38_143685_box7_Incident_Summaries_1-100
Agency: Department of War
Page 107
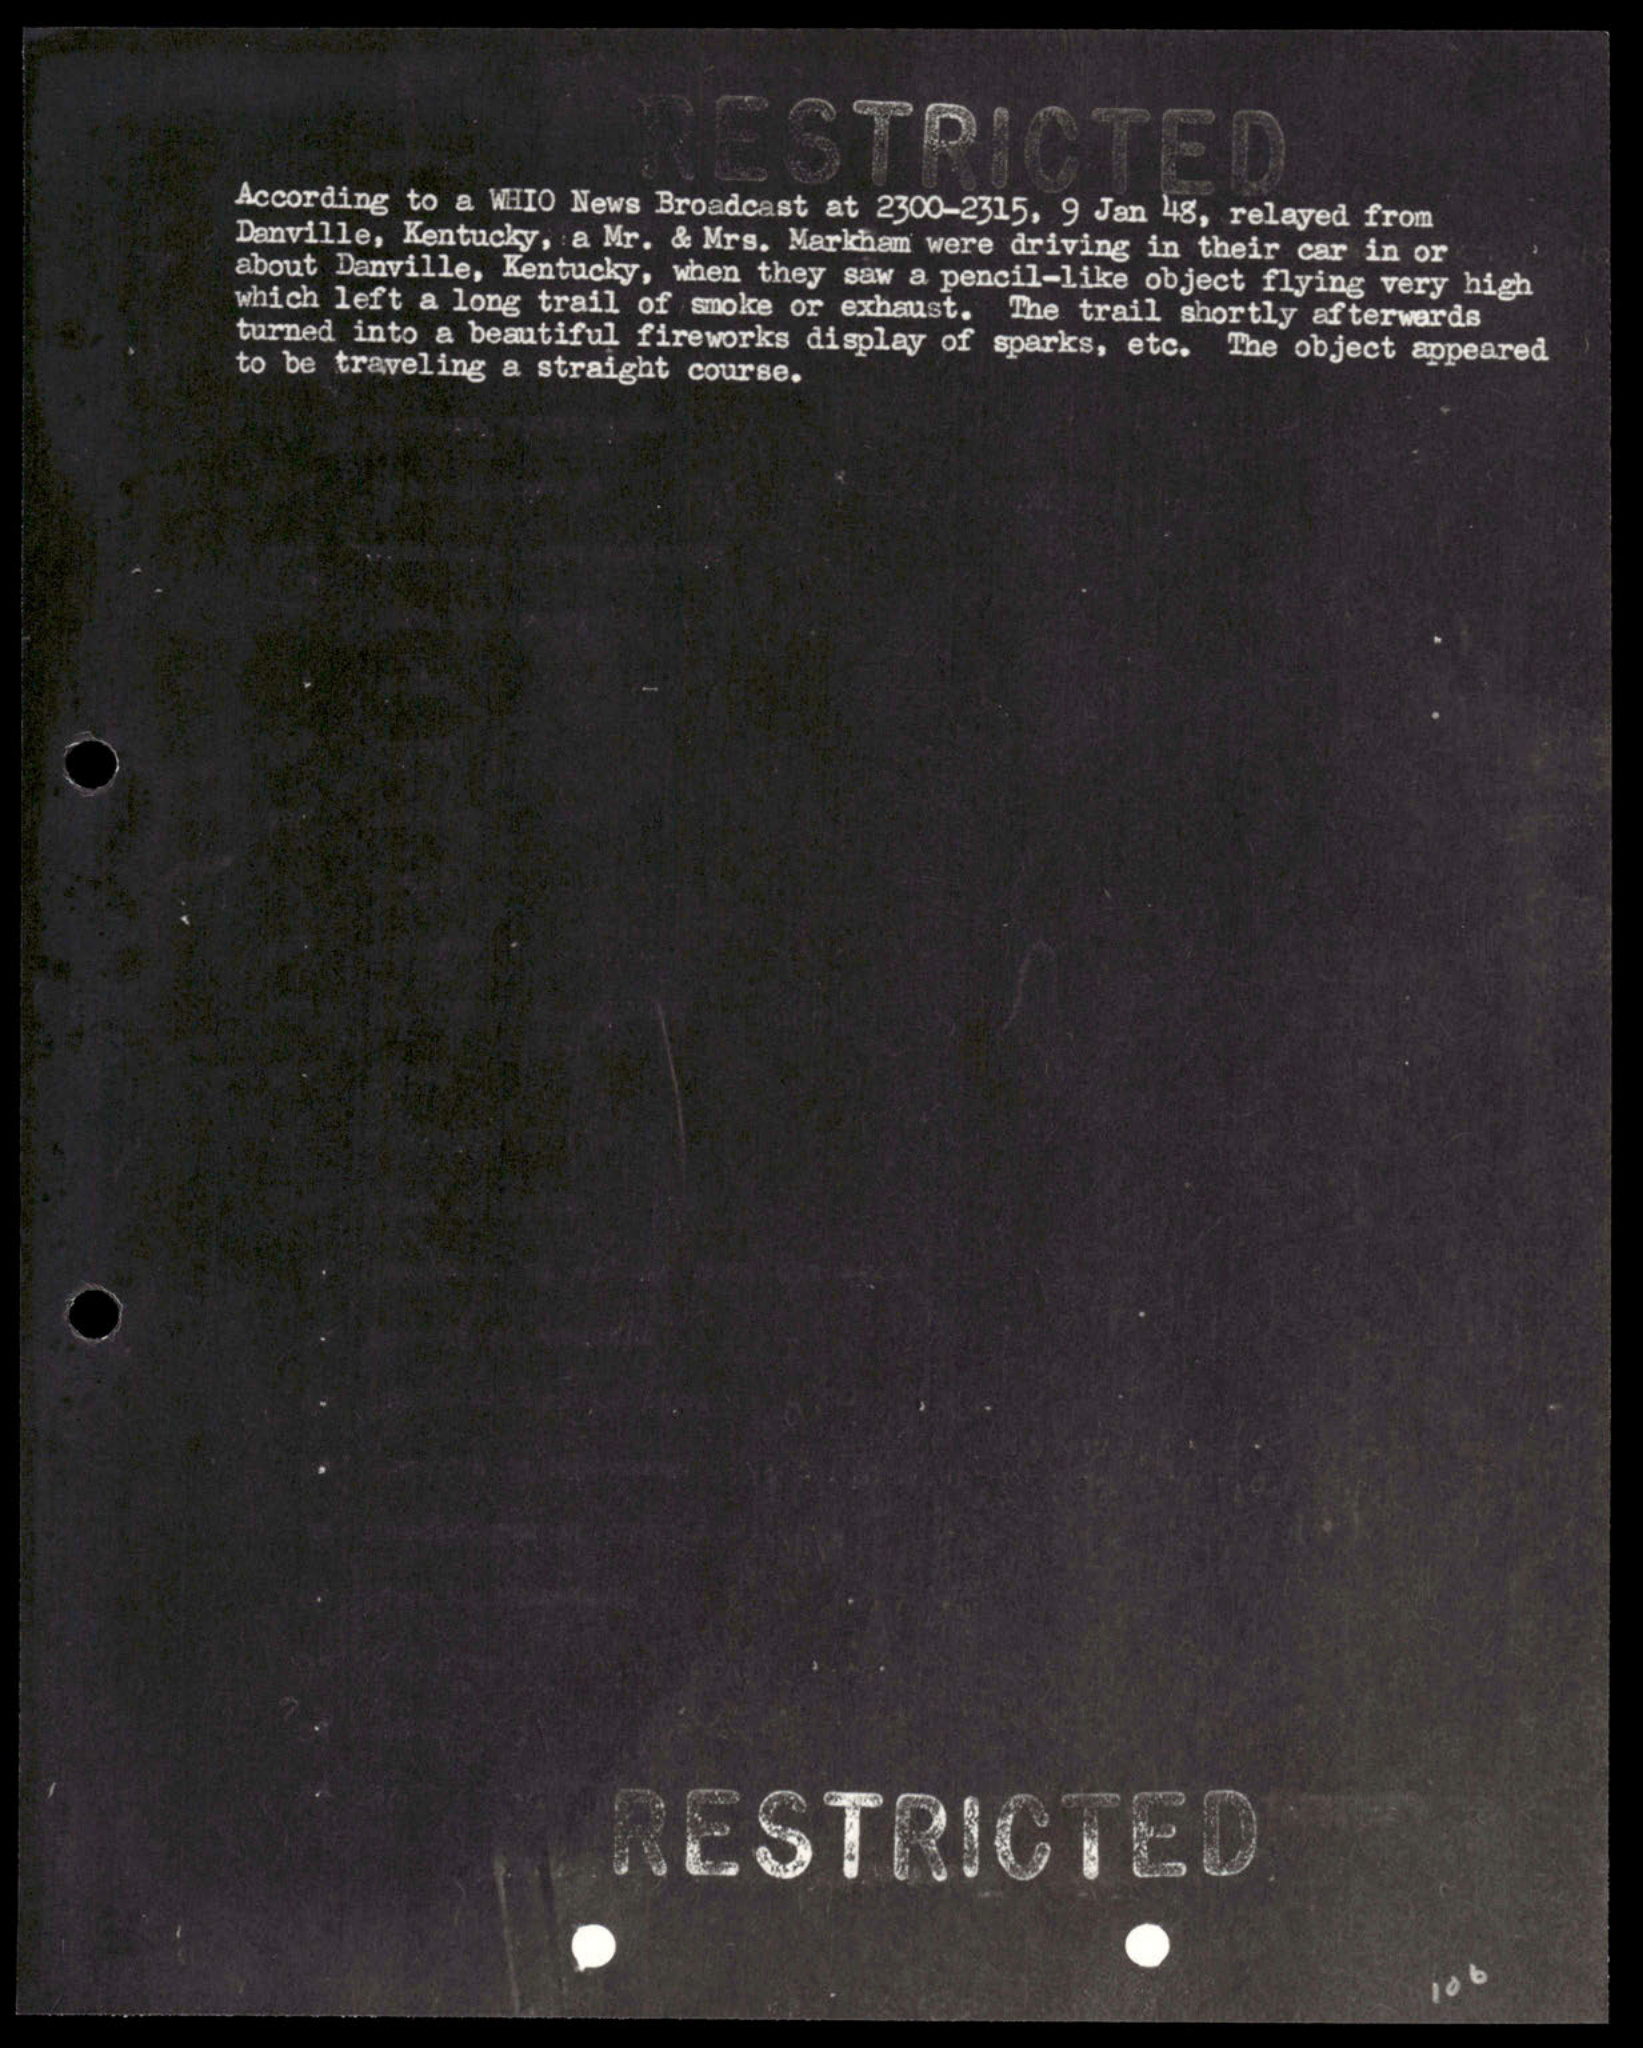